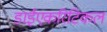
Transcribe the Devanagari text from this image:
डाईएकरिटिकल